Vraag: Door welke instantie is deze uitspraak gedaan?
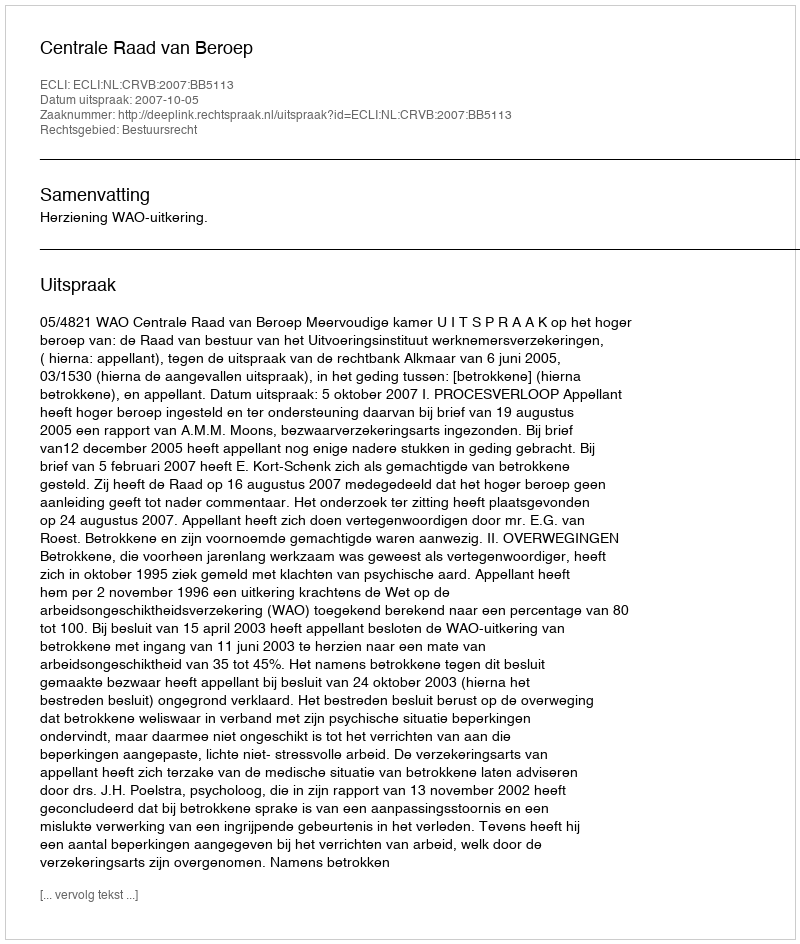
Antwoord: Centrale Raad van Beroep